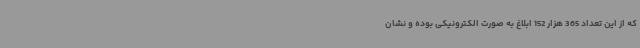
که از این تعداد 365 هزار 152 ابلاغ به صورت الکترونیکی بوده و نشان